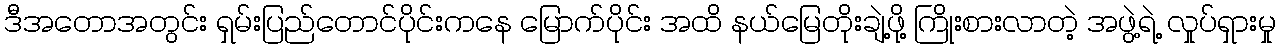
ဒီအတောအတွင်း ရှမ်းပြည်တောင်ပိုင်းကနေ မြောက်ပိုင်း အထိ နယ်မြေတိုးချဲ့ဖို့ ကြိုးစားလာတဲ့ အဖွဲ့ရဲ့ လှုပ်ရှားမှု